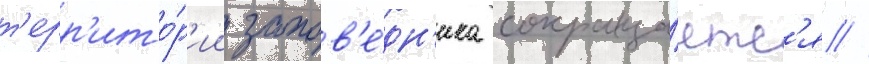
т'ерр'ито́р'ии запов'е́дн'ика сокраща́етс'я //